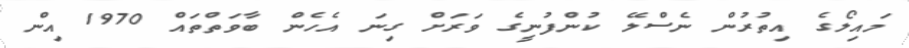
މައިލޯގެ އިތުރުން ނެސްލޭ ކުންފުނީގެ ވަރަށް ގިނަ އެހެން ބާވަތްތައް 1970 އިން